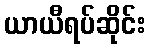
ယာယီရပ်ဆိုင်း